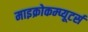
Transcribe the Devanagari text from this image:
माइक्रोकम्प्यूटर्स